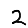
Digit: 2